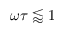
\omega \tau \lessapprox 1